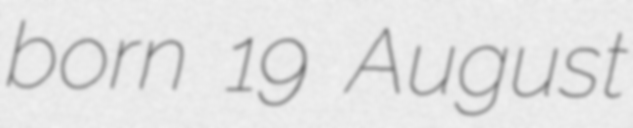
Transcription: born 19 August